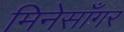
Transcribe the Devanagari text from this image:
मिनेसाँगर